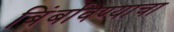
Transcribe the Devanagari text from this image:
बिंबविण्याचा